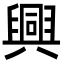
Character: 興